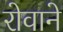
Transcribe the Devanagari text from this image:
रोवाने